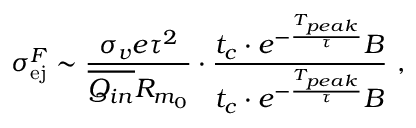
\sigma _ { \mathrm { e j } } ^ { F } \sim \frac { \sigma _ { v } e \tau ^ { 2 } } { \overline { { Q _ { i n } } } R _ { m _ { 0 } } } \cdot \frac { t _ { c } \cdot e ^ { - \frac { T _ { p e a k } } { \tau } } B } { t _ { c } \cdot e ^ { - \frac { T _ { p e a k } } { \tau } } B } ~ ,